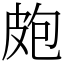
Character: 皰